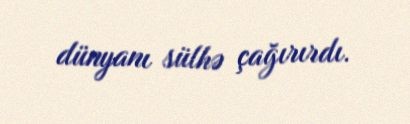
dünyanı sülhə çağırırdı.